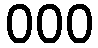
000